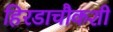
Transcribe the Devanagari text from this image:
हिरडाचौकशी